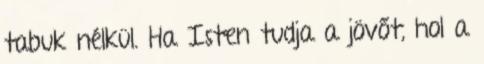
tabuk nélkül. Ha Isten tudja a jövőt, hol a